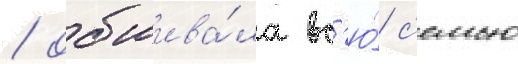
/ обшива́ла вс'ю́ с'емью